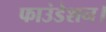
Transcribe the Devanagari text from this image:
फाउंडेशन।